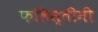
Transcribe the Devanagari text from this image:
फलिस्तीनी